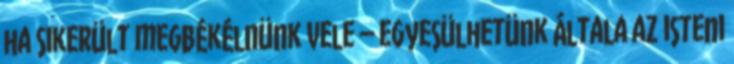
ha sikerült megbékélnünk vele – egyesülhetünk általa az isteni